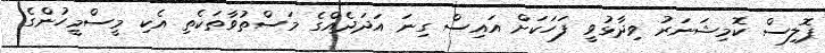
ޕޮލިސް ކޮމިޝަނަރު ވިދާޅުވީ ފަހަކަށް އައިސް ގިނަ އަދަދެއްގެ މަސްތުވާތަކެތި އެކި މީސްމީހުންގެ